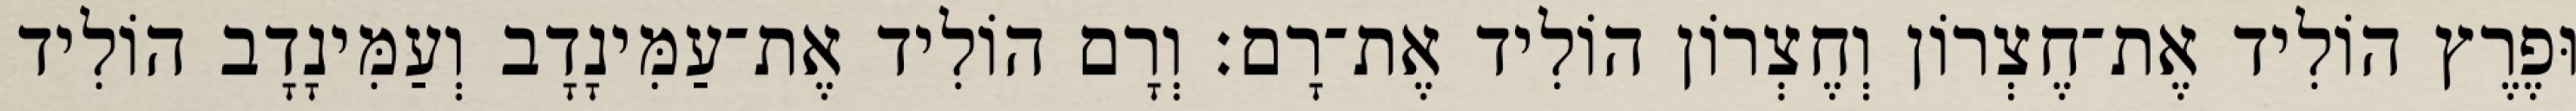
וּפֶרֶץ הוֹלִיד אֶת־חֶצְרוֹן וְחֶצְרוֹן הוֹלִיד אֶת־רָם׃ וְרָם הוֹלִיד אֶת־עַמִּינָדָב וְעַמִּינָדָב הוֹלִיד